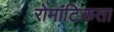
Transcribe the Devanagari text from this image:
रोमांटिकता